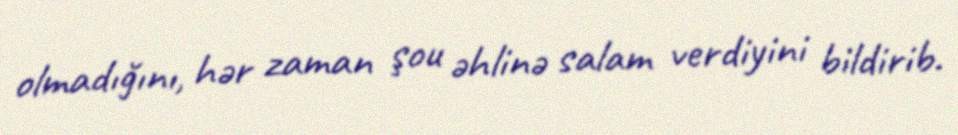
olmadığını, hər zaman şou əhlinə salam verdiyini bildirib.